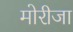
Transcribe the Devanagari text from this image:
मोरीजा